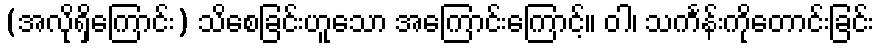
(အလိုရှိကြောင်း) သိစေခြင်းဟူသော အကြောင်းကြောင့်။ ဝါ၊ သင်္ကန်းကိုတောင်းခြင်း